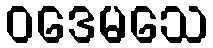
ဝဒေမသေ